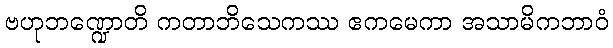
ဗဟုဘဏ္ဍောတိ ကတာဘိသေကဿ ဧကမေကာ အသာမိကဘာဝံ